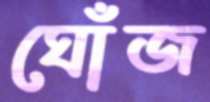
ঘোঁজ